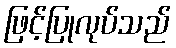
ဖြင့်ပြုလုပ်သည်